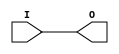
// This program was cloned from: https://github.com/Xilinx/XilinxUnisimLibrary
// License: Apache License 2.0

///////////////////////////////////////////////////////////////////////////////
//     Copyright (c) 1995/2018 Xilinx, Inc.
// 
//    Licensed under the Apache License, Version 2.0 (the "License");
//    you may not use this file except in compliance with the License.
//    You may obtain a copy of the License at
// 
//        http://www.apache.org/licenses/LICENSE-2.0
// 
//    Unless required by applicable law or agreed to in writing, software
//    distributed under the License is distributed on an "AS IS" BASIS,
//    WITHOUT WARRANTIES OR CONDITIONS OF ANY KIND, either express or implied.
//    See the License for the specific language governing permissions and
//    limitations under the License.
///////////////////////////////////////////////////////////////////////////////
//   ____  ____
//  /   /\/   /
// /___/  \  /     Vendor      : Xilinx
// \   \   \/      Version     : 2018.3
//  \   \          Description : Xilinx Unified Simulation Library Component
//  /   /                        General Clock Buffer
// /___/   /\      Filename    : BUFG.v
// \   \  /  \
//  \___\/\___\
//
///////////////////////////////////////////////////////////////////////////////
//  Revision:
//    03/23/04 - Initial version.
//    05/23/07 - Changed timescale to 1 ps / 1 ps.
//    12/13/11 - 524859 - Added `celldefine and `endcelldefine
//  End Revision:
///////////////////////////////////////////////////////////////////////////////

`timescale 1 ps / 1 ps

`celldefine

module BUFG
`ifdef XIL_TIMING
#(
  parameter LOC = "UNPLACED"
)
`endif
(
  output O,

  input I
);
  
// define constants
  localparam MODULE_NAME = "BUFG";

`ifdef XIL_TIMING
  reg notifier;
`endif

// begin behavioral model

    buf B1 (O, I);

// end behavioral model

`ifndef XIL_XECLIB
`ifdef XIL_TIMING
  specify
    (I => O) = (0:0:0, 0:0:0);
    $period (negedge I, 0:0:0, notifier);
    $period (posedge I, 0:0:0, notifier);
    specparam PATHPULSE$ = 0;
  endspecify
`endif
`endif

endmodule

`endcelldefine